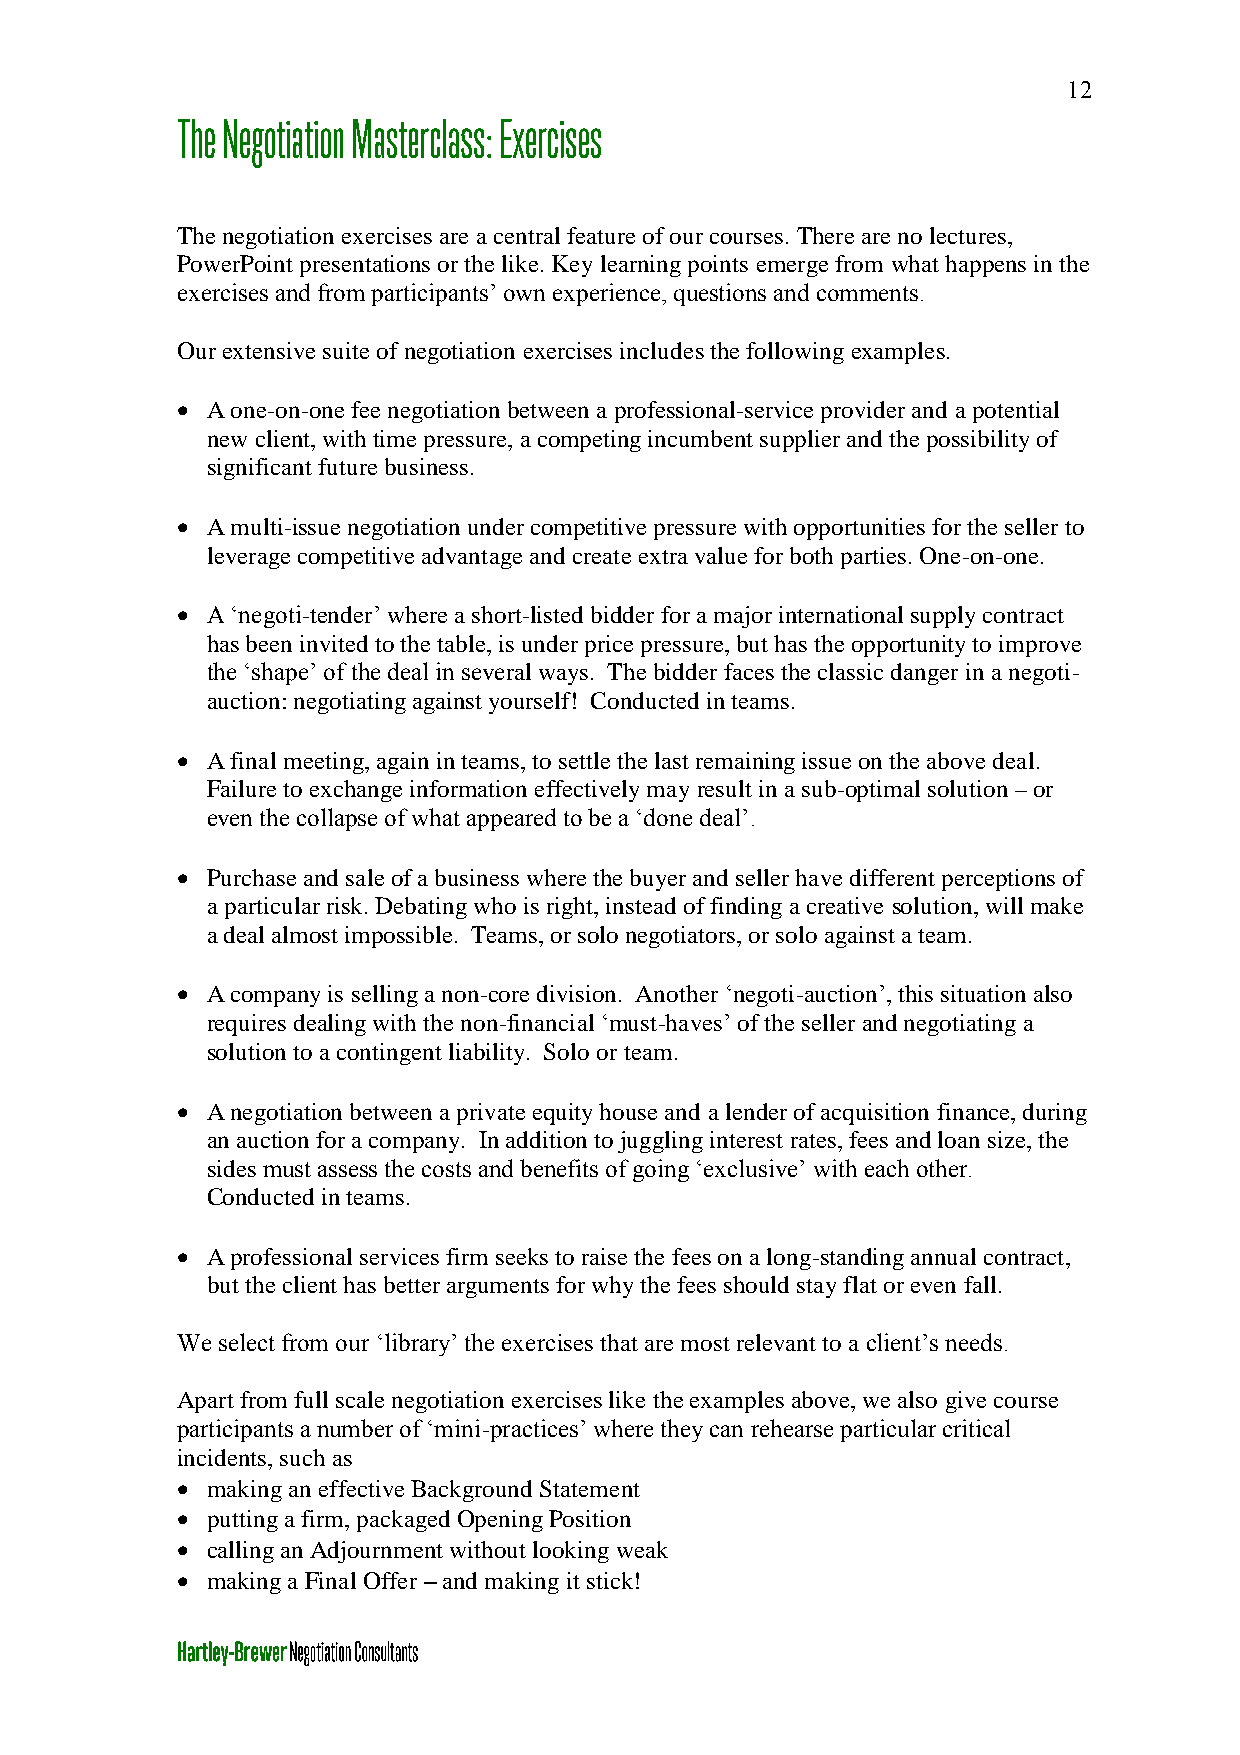
12
 The negotiation exercises are a central feature of our courses. There are no lectures,
 PowerPoint presentations or the like. Key learning points emerge from what happens in the
 exercises and from participants’ own experience, questions and comments.
 Our extensive suite of negotiation exercises includes the following examples.
  A one-on-one fee negotiation between a professional-service provider and a potential
 new client, with time pressure, a competing incumbent supplier and the possibility of
 significant future business.
  A multi-issue negotiation under competitive pressure with opportunities for the seller to
 leverage competitive advantage and create extra value for both parties. One-on-one.
  A ‘negoti-tender’ where a short-listed bidder for a major international supply contract
 has been invited to the table, is under price pressure, but has the opportunity to improve
 the ‘shape’ of the deal in several ways. The bidder faces the classic danger in a negoti-
 auction: negotiating against yourself! Conducted in teams.
  A final meeting, again in teams, to settle the last remaining issue on the above deal.
 Failure to exchange information effectively may result in a sub-optimal solution – or
 even the collapse of what appeared to be a ‘done deal’.
  Purchase and sale of a business where the buyer and seller have different perceptions of
 a particular risk. Debating who is right, instead of finding a creative solution, will make
 a deal almost impossible. Teams, or solo negotiators, or solo against a team.
  A company is selling a non-core division. Another ‘negoti-auction’, this situation also
 requires dealing with the non-financial ‘must-haves’ of the seller and negotiating a
 solution to a contingent liability. Solo or team.
  A negotiation between a private equity house and a lender of acquisition finance, during
 an auction for a company. In addition to juggling interest rates, fees and loan size, the
 sides must assess the costs and benefits of going ‘exclusive’ with each other.
 Conducted in teams.
  A professional services firm seeks to raise the fees on a long-standing annual contract,
 but the client has better arguments for why the fees should stay flat or even fall.
 We select from our ‘library’ the exercises that are most relevant to a client’s needs.
 Apart from full scale negotiation exercises like the examples above, we also give course
 participants a number of ‘mini-practices’ where they can rehearse particular critical
 incidents, such as
  making an effective Background Statement
  putting a firm, packaged Opening Position
  calling an Adjournment without looking weak
  making a Final Offer – and making it stick!